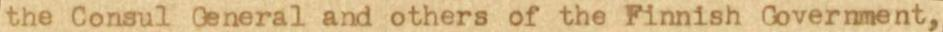
the Consul General and others of the Finnish Government,